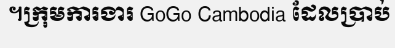
។ក្រុមការងារ GoGo Cambodia ដែលប្រាប់